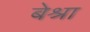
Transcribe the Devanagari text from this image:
बेश्रा